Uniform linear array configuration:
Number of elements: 48
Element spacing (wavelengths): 0.5
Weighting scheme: cosine
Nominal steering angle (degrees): -30
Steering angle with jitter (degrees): -29.772
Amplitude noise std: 0.05
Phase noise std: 0.05

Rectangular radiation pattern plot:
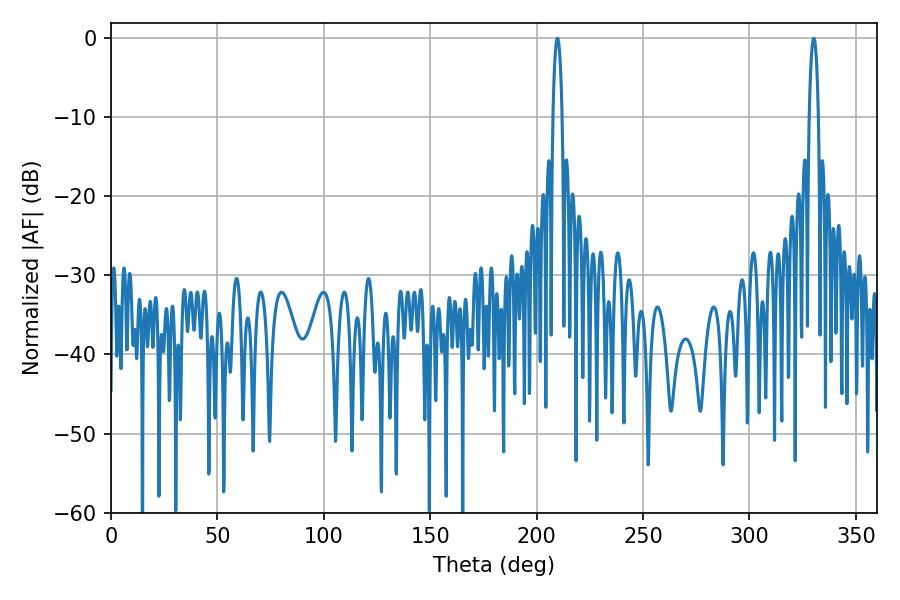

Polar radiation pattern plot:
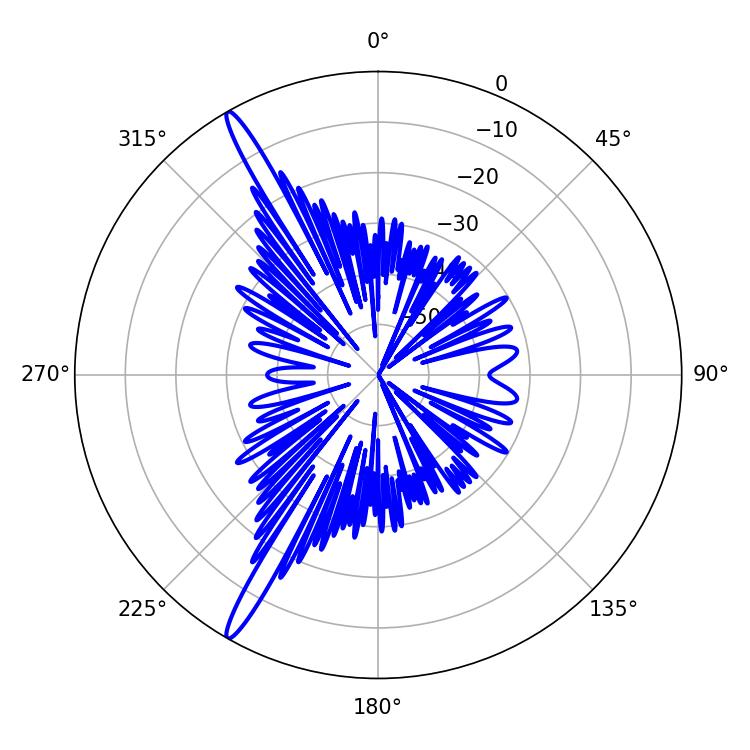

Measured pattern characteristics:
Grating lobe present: FALSE
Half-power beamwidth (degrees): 2.34
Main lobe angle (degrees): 209.7